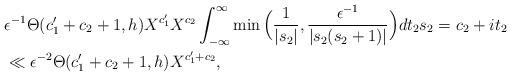
LaTeX: \begin{align*} & \epsilon^{-1} \Theta(c_1'+c_2+1,h) X^{c_1'} X^{c_2} \int_{-\infty}^{\infty} \min\Big( \frac{1}{|s_2|}, \frac{\epsilon^{-1}}{|s_2(s_2+1)|} \Big) dt_2 s_2=c_2+it_2 \\ & \ll \epsilon^{-2} \Theta(c_1'+c_2+1,h) X^{c_1'+c_2},\end{align*}